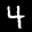
Label: 4